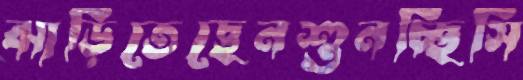
ঝাড়িতেছেনশুনচ্ছিসি